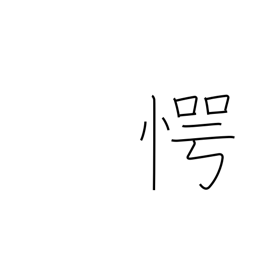
Meaning: surprised